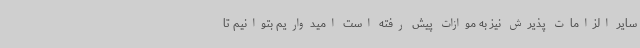
سایر الزامات پذیرش نیز به موازات پیش رفته است امیدواریم بتوانیم تا